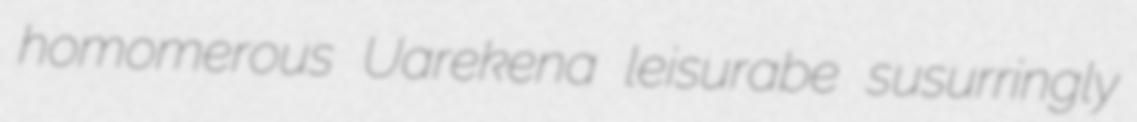
homomerous Uarekena leisurabe susurringly